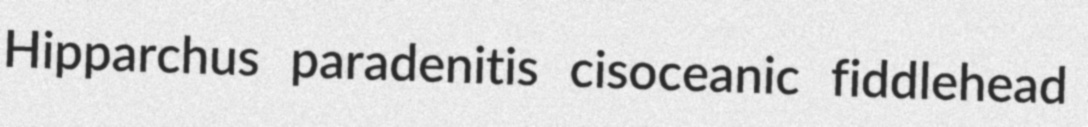
Hipparchus paradenitis cisoceanic fiddlehead